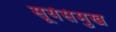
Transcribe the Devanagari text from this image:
सूर्यसंमुख